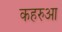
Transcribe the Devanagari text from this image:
कहरुआ